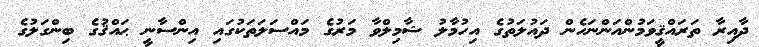
ދާއިރާ ތަރައްޤީވަމުންއަންނަހެން ދައުލަތުގެ އިހުމާލު ޝާމިލްވާ މަރުގެ މައްސަލަތަކުގައި އިންސާނީ ޙައްޤުގެ ބިންގަލުގެ